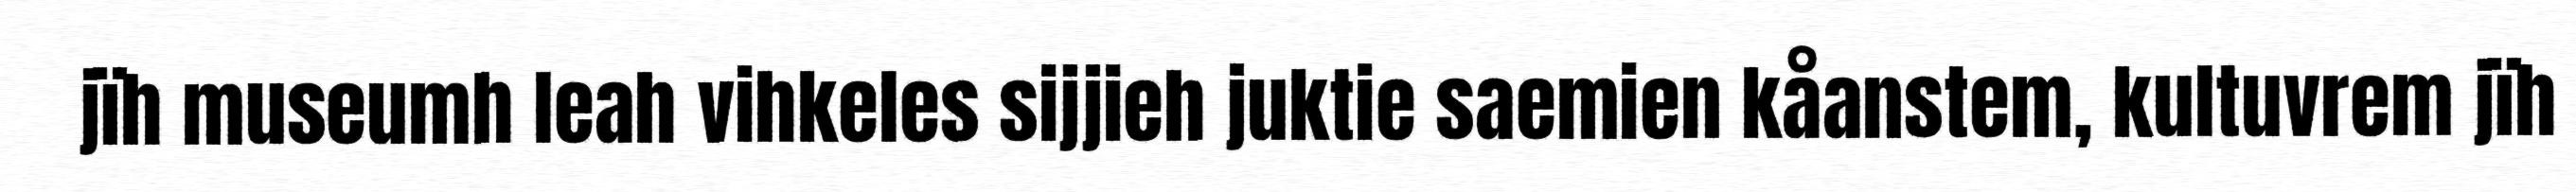
jïh museumh leah vihkeles sijjieh juktie saemien kåanstem, kultuvrem jïh